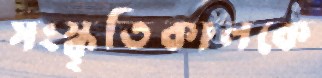
সংস্কৃতিকালকে